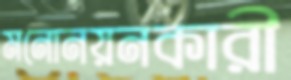
মনোনয়নকারী